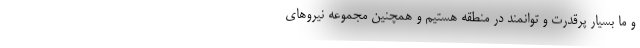
و ما بسیار پرقدرت و توانمند در منطقه هستیم و همچنین مجموعه نیروهای